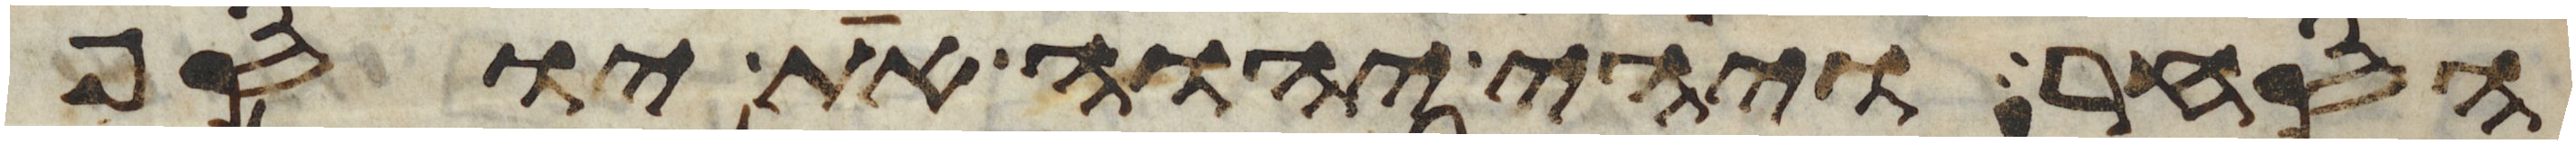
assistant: הסחר ויהי יהוה את יוסף